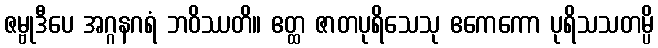
ဇမ္ဗုဒီပေ အဂ္ဂနဂရံ ဘဝိဿတိ။ ဧတ္ထ ဇာတပုရိသေသု ဧကေကော ပုရိသသတမ္ပိ